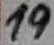
Text: 19